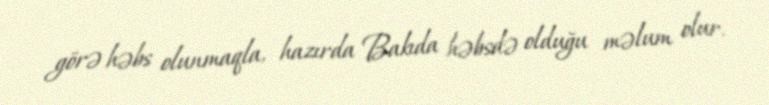
görə həbs olunmaqla, hazırda Bakıda həbsdə olduğu məlum olur.